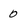
Character: 0